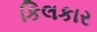
કિલકાર